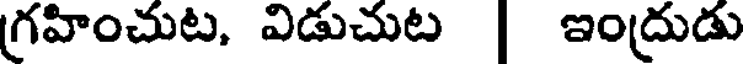
గ్రహించుట, విడుచుట | ఇంద్రుడు